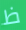
ظ